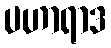
ပဟာရာဒ